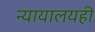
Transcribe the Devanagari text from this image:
न्यायालयही